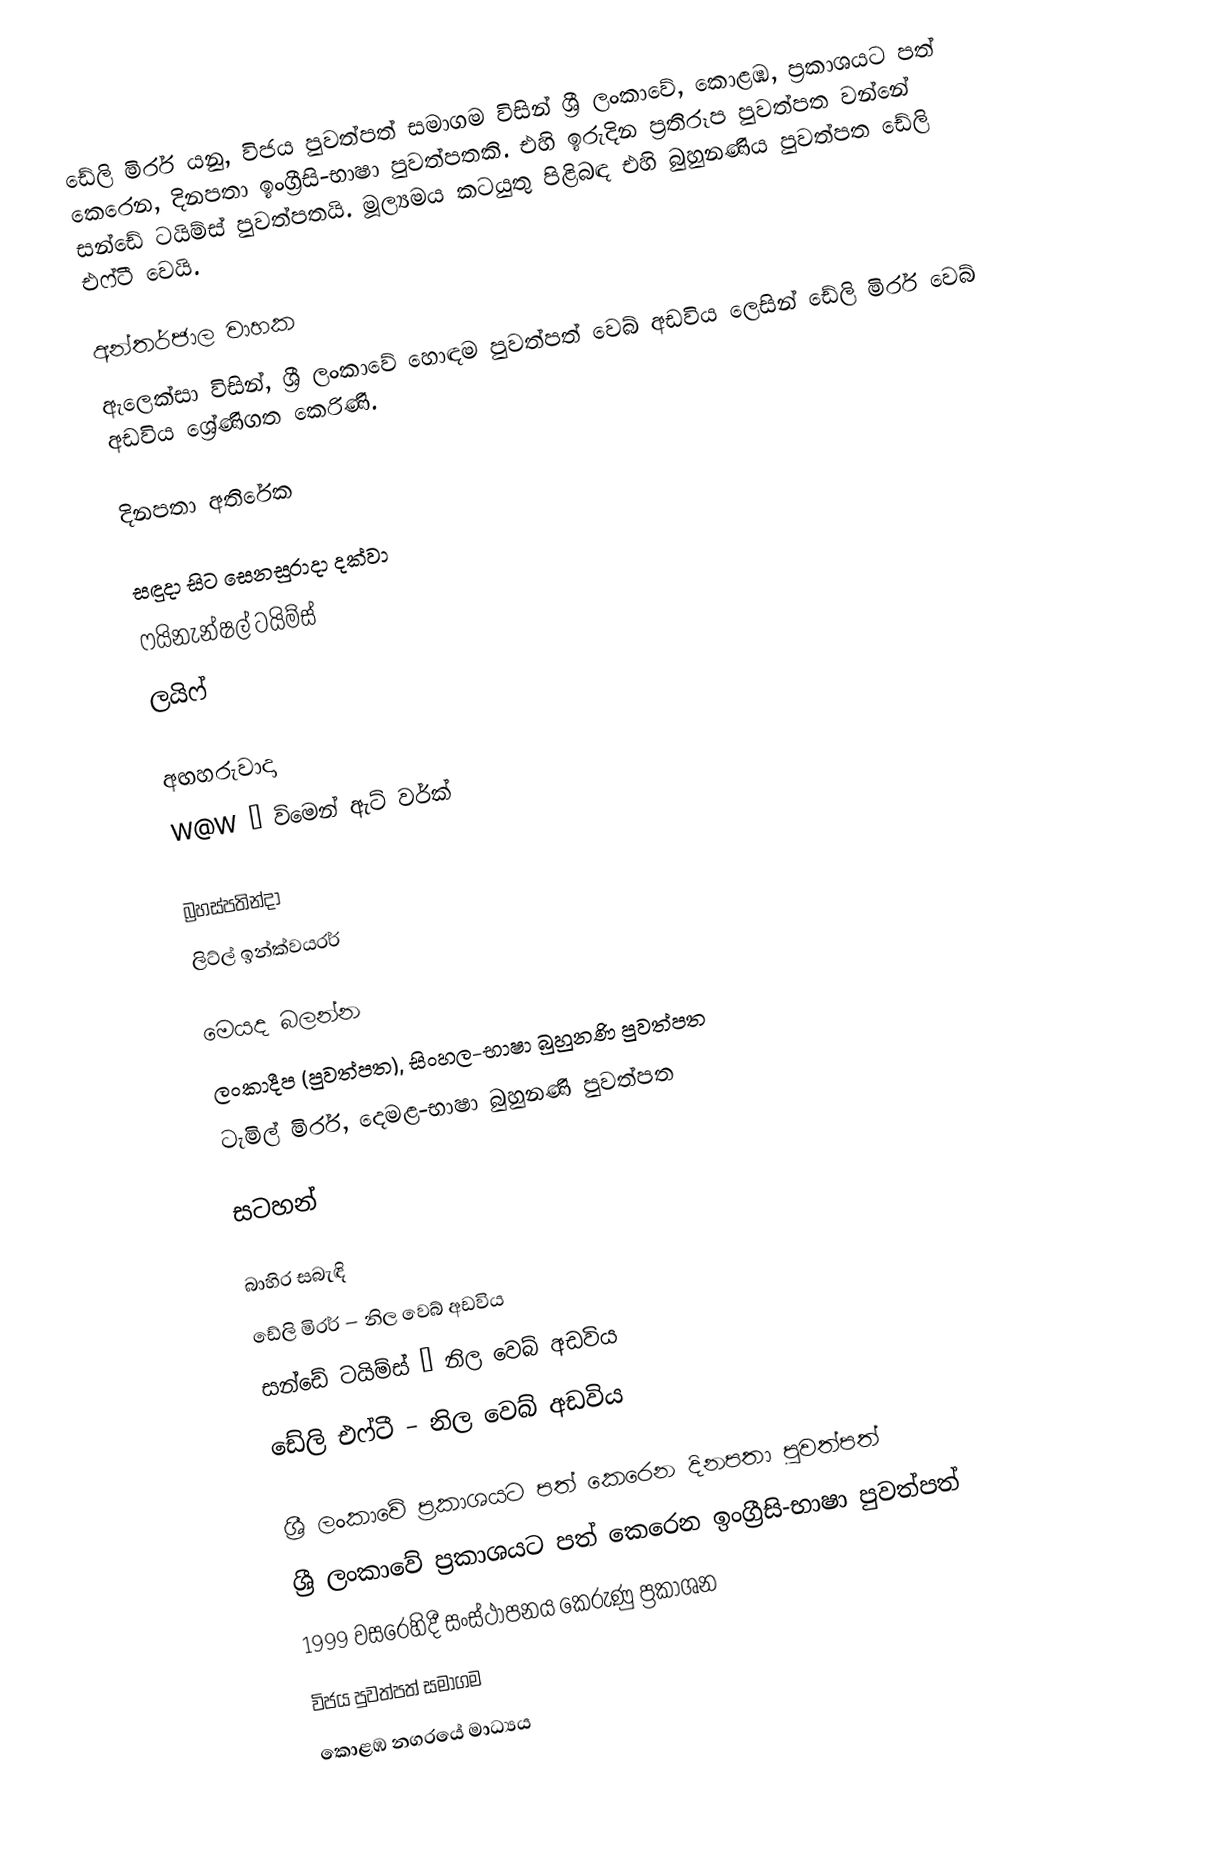
ඩේලි මිරර් යනු,  විජය පුවත්පත් සමාගම විසින් ශ්‍රී ලංකාවේ, කොළඹ, ප්‍රකාශයට පත් කෙරෙන, දිනපතා ඉංග්‍රීසි-භාෂා පුවත්පතකි. එහි ඉරුදින ප්‍රතිරූප පුවත්පත වන්නේ  සන්ඩේ ටයිම්ස් පුවත්පතයි.  මූල්‍යමය කටයුතු පිළිබඳ එහි බුහුනණිය පුවත්පත ඩේලි එෆ්ටී වෙයි.

අන්තර්ජාල වාහක
ඇලෙක්සා විසින්, ශ්‍රී ලංකාවේ හොඳම පුවත්පත් වෙබ් අඩවිය ලෙසින් ඩේලි මිරර් වෙබ් අඩවිය ශ්‍රේණිගත කෙරිණි.

දිනපතා අතිරේක

සඳුදා සිට සෙනසුරාදා දක්වා
ෆයිනැන්ෂල් ටයිම්ස්
ලයිෆ්

අඟහරුවාදා
W@W – විමෙන් ඇට් වර්ක්

බ්‍රහස්පතින්දා
ලිට්ල් ඉන්ක්වයරර්

මෙයද බලන්න
ලංකාදීප (පුවත්පත), සිංහල-භාෂා බුහුනණි පුවත්පත
ටැමිල් මිරර්, දෙමළ-භාෂා බුහුනණි පුවත්පත

සටහන්

බාහිර සබැඳි
 ඩේලි මිරර් – නිල වෙබ් අඩවිය
 සන්ඩේ ටයිම්ස් – නිල වෙබ් අඩවිය
 ඩේලි එෆ්ටී – නිල වෙබ් අඩවිය

ශ්‍රී ලංකාවේ ප්‍රකාශයට පත් කෙරෙන දිනපතා පුවත්පත්
ශ්‍රී ලංකාවේ ප්‍රකාශයට පත් කෙරෙන ඉංග්‍රීසි-භාෂා පුවත්පත්
 1999 වසරෙහිදී සංස්ථාපනය කෙරුණු ප්‍රකාශන
විජය පුවත්පත් සමාගම
කොළඹ නගරයේ මාධ්‍යය